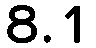
8.1